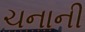
ચનાની